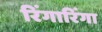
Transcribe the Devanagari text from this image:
रिंगारिंगा